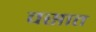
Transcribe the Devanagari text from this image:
वसात